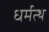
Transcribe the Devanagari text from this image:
धर्मत्थ